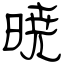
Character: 暁